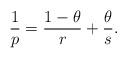
LaTeX: \begin{align*}\frac{1}{p}=\frac{1-\theta}{r}+\frac{\theta}{s}.\end{align*}